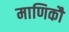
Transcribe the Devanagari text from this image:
माणिकौ